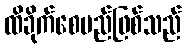
ထိခိုက်စေမည်ဖြစ်သည်